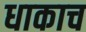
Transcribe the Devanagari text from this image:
धाकाच